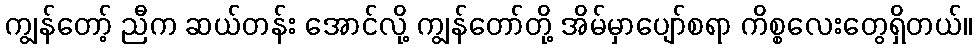
ကျွန်တော့် ညီက ဆယ်တန်း အောင်လို့ ကျွန်တော်တို့ အိမ်မှာပျော်စရာ ကိစ္စလေးတွေရှိတယ်။